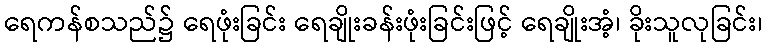
ရေကန်စသည်၌ ရေဖုံးခြင်း ရေချိုးခန်းဖုံးခြင်းဖြင့် ရေချိုးအံ့၊ ခိုးသူလုခြင်း၊